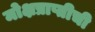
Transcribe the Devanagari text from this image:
मोक्षप्राप्तीची